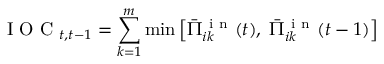
\mathrm { ~ I ~ O ~ C ~ } _ { t , t - 1 } = \sum _ { k = 1 } ^ { m } \operatorname* { m i n } \left[ \bar { \Pi } _ { i k } ^ { \mathrm { ~ i ~ n ~ } } ( t ) , \; \bar { \Pi } _ { i k } ^ { \mathrm { ~ i ~ n ~ } } ( t - 1 ) \right]